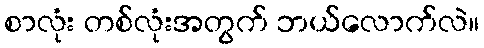
စာလုံး တစ်လုံးအတွက် ဘယ်လောက်လဲ။